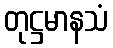
တုဋ္ဌမာနသံ